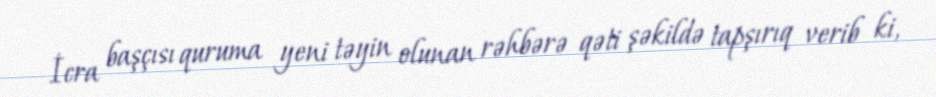
İcra başçısı quruma yeni təyin olunan rəhbərə qəti şəkildə tapşırıq verib ki,